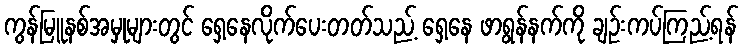
ကွန်မြူနစ်အမှုများတွင် ရှေ့နေလိုက်ပေးတတ်သည့် ရှေ့နေ ဖာရွန်နက်ကို ချဉ်းကပ်ကြည့်ရန်